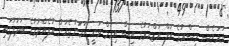
ނަމަވެސް މިސްރުގެ އަލް އަޒްހަރުގެ އިސް އިމާމް ވަނީ ހަމަނުޖެހުން އުފެއްދުމުގެ ބަދަލުގައި